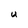
Character: U